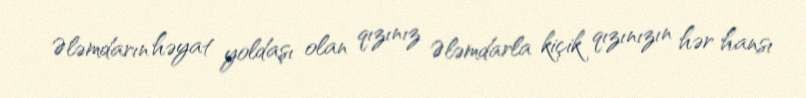
Ələmdarın həyat yoldaşı olan qızınız Ələmdarla kiçik qızınızın hər hansı